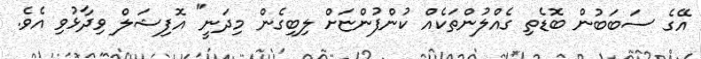
އޭގެ ސަބަބުން ބޮޑެތި ގެއްލުންތަކެއް ކުންފުންޏަށް ލިބިގެން މިދަނީ" އޮފިޝަލް ވިދާޅުވި އެވެ.